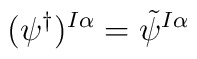
(\psi^\dagger)^{I \alpha} = \tilde{\psi}^{I \alpha}